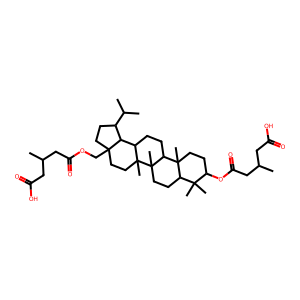
SMILES: CC(CC(=O)O)CC(=O)OCC12CCC(C(C)C)C1C1CCC3C4(C)CCC(OC(=O)CC(C)CC(=O)O)C(C)(C)C4CCC3(C)C1(C)CC2
Inhibits HIV replication: No